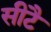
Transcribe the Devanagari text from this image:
सीटै